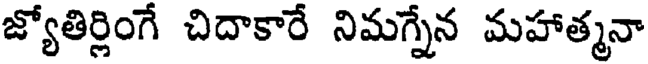
జ్యోతిర్లింగే చిదాకారే నిమగ్నేన మహాత్మనా